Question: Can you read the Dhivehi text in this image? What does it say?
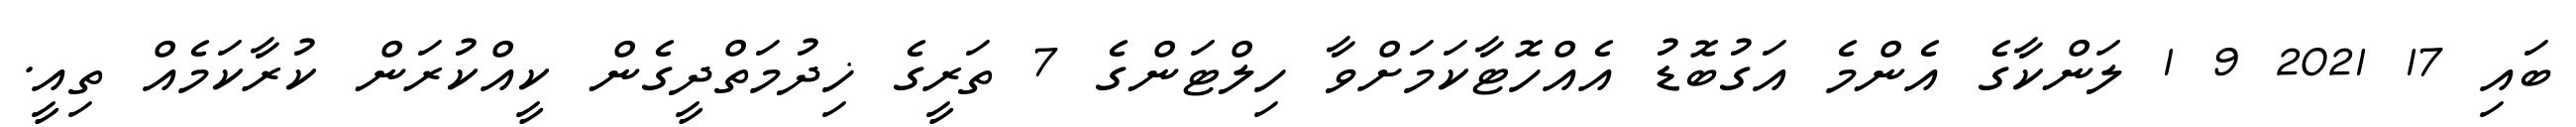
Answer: ބައި 17 2021 9 1 ލަންކާގެ އެންމެ އަގުބޮޑު އެއްހޮޓާކަމަށްވާ ހިލްޓަންގެ 7 ތަރީގެ ޚިދުމަތްދީގެން ކީއްކުރަން ކުރާކަމެއް ތިއީ.